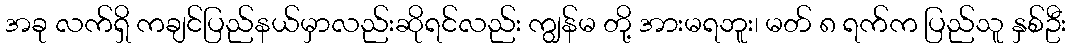
အခု လက်ရှိ ကချင်ပြည်နယ်မှာလည်းဆိုရင်လည်း ကျွန်မ တို့ အားမရဘူး၊ မတ် ၈ ရက်က ပြည်သူ နှစ်ဦး